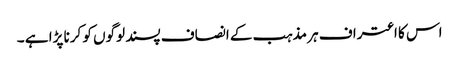
اس کا اعتراف ہر مذہب کے انصاف پسند لوگوں کو کرنا پڑا ہے ۔